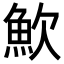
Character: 𩵢